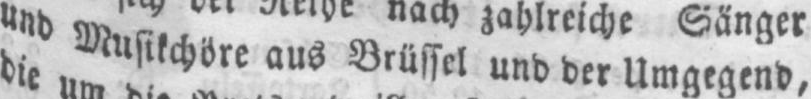
und Musikchöre aus Brüssel und der Umgegend,